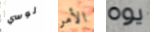
لوسي الأمر يوه